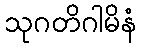
သုဂတိဂါမိနံ